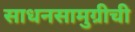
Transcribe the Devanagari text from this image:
साधनसामुग्रीची